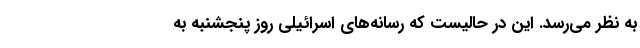
به نظر می‌رسد. این در حالیست که رسانه‌های اسرائیلی روز پنجشنبه به